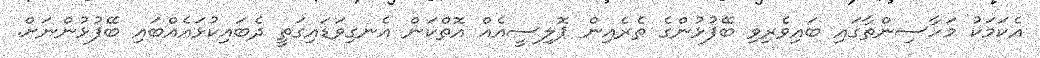
އެކަމަކު މަހާސިންތާގައި ބައިވެރިވި ބޭފުޅުންގެ ތެރެއިން ޕޮލިސީއެއް އޮތްކަން އެނގިވަޑައިގަތީ ދެބައިކުޅައެއްބައި ބޭފުޅުންނަށް.